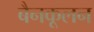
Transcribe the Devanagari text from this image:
बैनकूलन